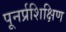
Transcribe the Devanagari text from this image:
पूनर्प्रशिक्षिण